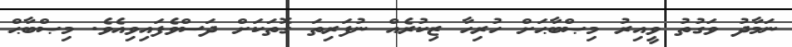
ނަމާދު ވަގުތު ވީއިރު މިޞްބާޙަށް ހުރިހާ ޒިކުރެއް ނުފަރިތަ ގޮތަކަށް ދަސްވެފައިވިއެވެ. މިޞްބާޙް